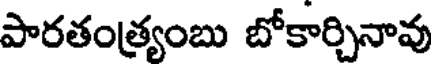
పారతంత్ర్యంబు బోకార్చినావు